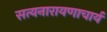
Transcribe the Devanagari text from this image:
सत्यनारायणाचार्य